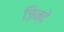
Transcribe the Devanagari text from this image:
ज़िन्दे